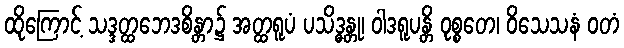
ထိုကြောင့် သဒ္ဒတ္ထဘေဒစိန္တာ၌ အတ္ထရူပံ ပသိဒ္ဓန္တု၊ ဝါဒရူပန္တိ ဝုစ္စတေ၊ ဝိသေသနံ ဝတံ